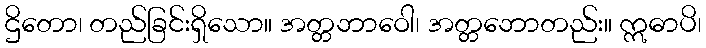
ဌိတော၊ တည်ခြင်းရှိသော။ အတ္တဘာဝေါ၊ အတ္တဘောတည်း။ ဣဓာပိ၊